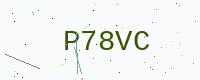
Text: P78VC